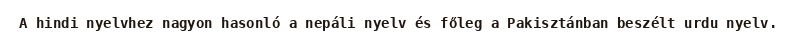
A hindi nyelvhez nagyon hasonló a nepáli nyelv és főleg a Pakisztánban beszélt urdu nyelv.